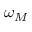
\omega _ { M }